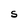
Character: S